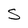
Character: S